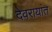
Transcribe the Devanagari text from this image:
देवरायांत